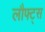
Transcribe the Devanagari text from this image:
लौफ्ट्स